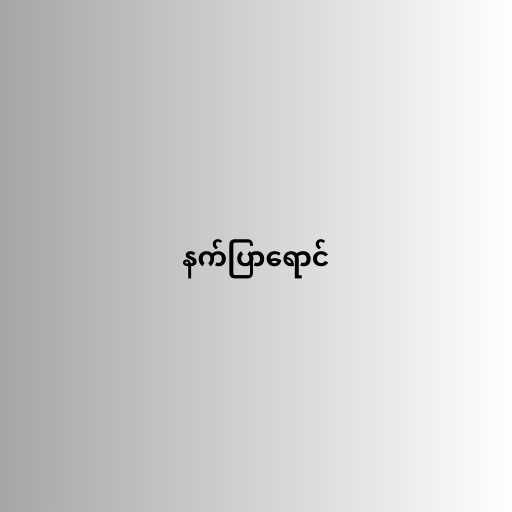
နက်ပြာရောင်